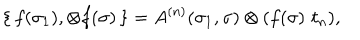
\{ \, f ( \sigma _ { 1 } ) , \otimes f ( \sigma ) \, \} = A ^ { ( n ) } ( \sigma _ { 1 } , \sigma ) \otimes ( f ( \sigma ) \, \, t _ { n } ) ,